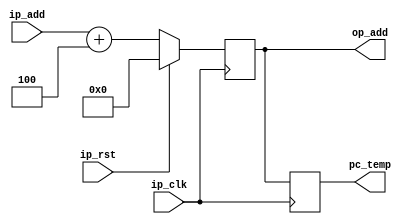
`timescale 1ns / 1ps
//////////////////////////////////////////////////////////////////////////////////
// Company: 
// Engineer: 
// 
// Design Name: 
// Module Name: Add_PC
// Project Name: 
// Target Devices: 
// Tool Versions: 
// Description: 
// 
// Dependencies: 
// 
// Revision:
// Revision 0.01 - File Created
// Additional Comments:
// 
//////////////////////////////////////////////////////////////////////////////////


module Add_PC(ip_clk,ip_rst,ip_add,op_add,pc_temp);
//<--------------PORT DECLARATION------------------------------->
    input [31:0] ip_add;  
    input ip_clk;                     // Output from PC 
    input ip_rst;                     // Output from PC 
//    input [3:0] ip_4bit;                      // 4-bit input of ADDER
    output reg [31:0] op_add;                // Output of ADDER
    output reg [31:0] pc_temp;                // point to current instruction
    //<-----------------------ADD----------------------------->
//    reg [7:0] pc_temp; //
    always @(posedge ip_clk) begin
    if (ip_rst)begin 
        op_add<= 'd0; 
    end
    else 
            op_add <= ip_add + 32'd4;
    end
    
    always @ (posedge ip_clk)begin 
        pc_temp <= op_add;
    end
    
//assign op_add = ip_rst ? 32'd0 : ip_add + 4'h4;
endmodule